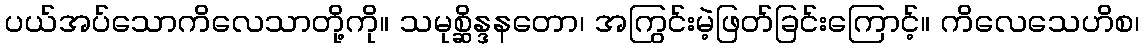
ပယ်အပ်သောကိလေသာတို့ကို။ သမုစ္ဆိန္ဒနတော၊ အကြွင်းမဲ့ဖြတ်ခြင်းကြောင့်။ ကိလေသေဟိစ၊